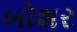
બોશર